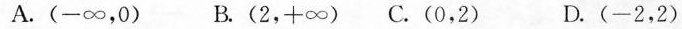
A.(-∞，0) B.(2，+∞) C.(0，2) D.(-2，2)